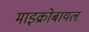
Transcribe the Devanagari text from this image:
माइक्रोबायल